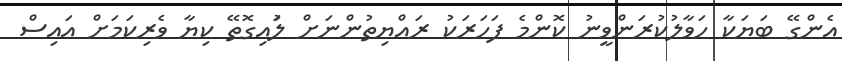
އެންގޭ ބަޔަކާ ހަވާލުކުރަންވީނު ކޮންމެ ފަހަރަކު ރައްޔިތުންނަށް ލުައިގޮތޭ ކިޔާ ވެރިކަމަށް އައިސް